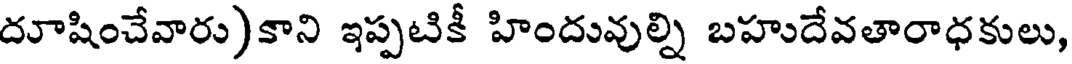
దూషించేవారు)కాని ఇప్పటికీ హిందువుల్ని బహుదేవతారాధకులు,